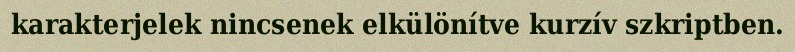
karakterjelek nincsenek elkülönítve kurzív szkriptben.